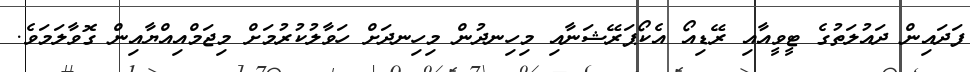
ފަދައިން ދައުލަތުގެ ޓީވީއާއި ރޭޑިއޯ އެކޯޕަރޭޝަނާއި މިހިނދުން މިހިނދަށް ހަވާލުކުރުމަށް މިޖަމްއިއްޔާއިން ގޮވާލަމަވެ.